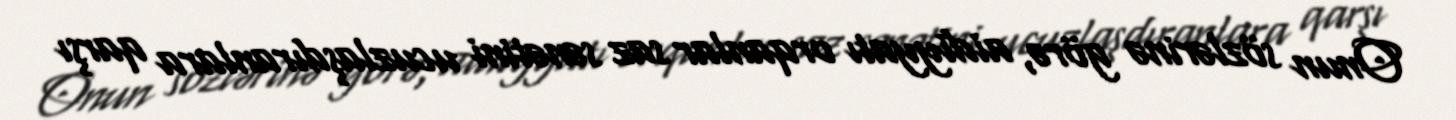
Onun sözlərinə görə, aidiyyatı orqanlar saz sənətini ucuzlaşdıranlara qarşı